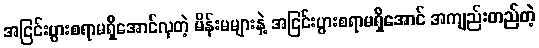
အငြင်းပွားစရာမရှိအောင်လှတဲ့ မိန်းမများနဲ့ အငြင်းပွားစရာမရှိအောင် အကျည်းတည်တဲ့